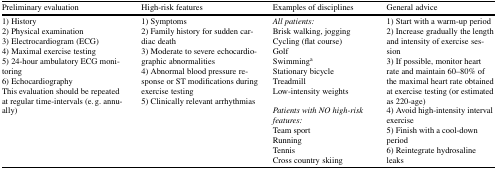
<table><thead><tr><td><b>Preliminary evaluation</b></td><td><b>High-risk features</b></td><td><b>Examples of disciplines</b></td><td><b>General advice</b></td></tr></thead><tbody><tr><td>1) History2) Physical examination3) Electrocardiogram (ECG)4) Maximal exercise testing5) 24-hour ambulatory ECG monitoring6) EchocardiographyThis evaluation should be repeated at regular time-intervals (e. g. annually)</td><td>1) Symptoms2) Family history for sudden cardiac death3) Moderate to severe echocardiographic abnormalities4) Abnormal blood pressure response or ST modifications during exercise testing5) Clinically relevant arrhythmias</td><td><i>All patients:</i>Brisk walking, joggingCycling (flat course)GolfSwimming<sup>a</sup>Stationary bicycleTreadmillLow-intensity weights<i>Patients with NO high-risk features:</i>Team sportRunningTennisCross country skiing</td><td>1) Start with a warm-up period2) Increase gradually the length and intensity of exercise session3) If possible, monitor heart rate and maintain 60–80% of the maximal heart rate obtained at exercise testing (or estimated as 220-age)4) Avoid high-intensity interval exercise5) Finish with a cool-down period6) Reintegrate hydrosaline leaks</td></tr></tbody></table>